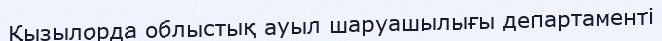
Қызылорда облыстық ауыл шаруашылығы департаменті